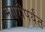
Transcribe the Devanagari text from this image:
मगरीपर्यंत